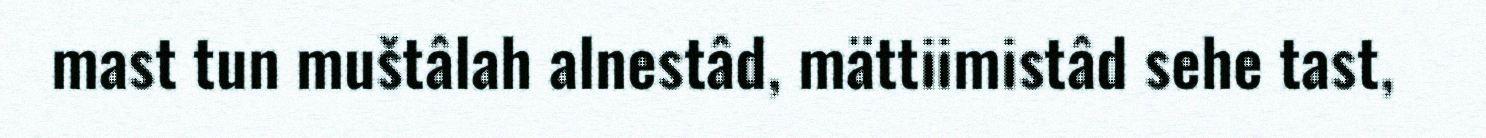
mast tun muštâlah alnestâd, mättiimistâd sehe tast,